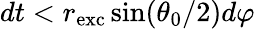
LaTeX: dt<r_{\mathrm{exc}}\sin(\theta_{0}/2)d\varphi